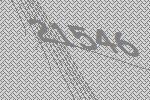
21546